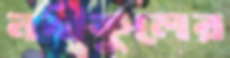
নবীকুলের